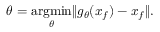
\theta = \underset { \theta } { \operatorname { a r g m i n } } \| g _ { \theta } ( x _ { f } ) - x _ { f } \| .